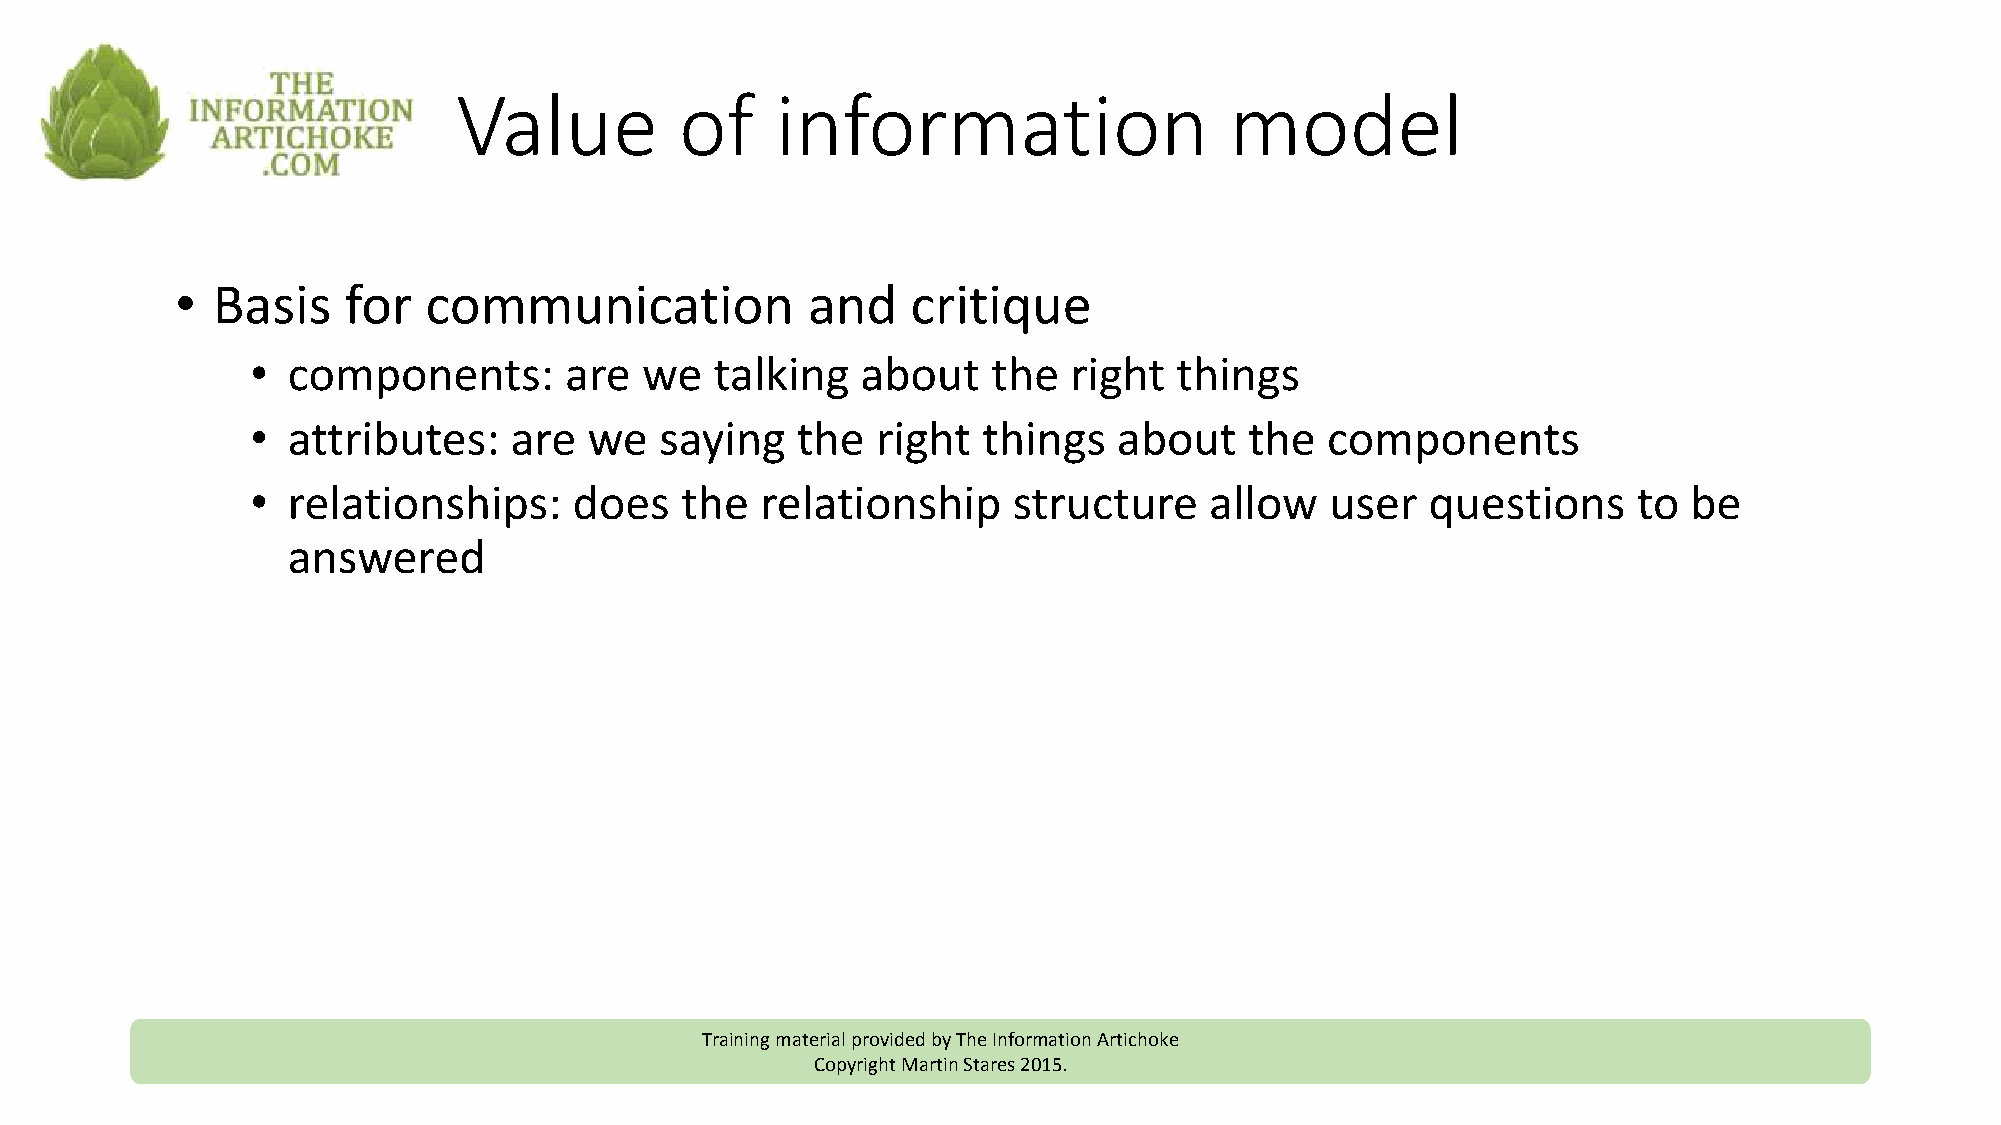
Value          of    information                   model
 • Basis    for  communication            and    critique
 • components:       are  we   talking   about    the  right  things
 • attributes:    are  we   saying   the  right  things   about    the  components
 • relationships:     does   the  relationship     structure    allow   user   questions    to  be
 answered
 Training material provided by The Information Artichoke
 Copyright Martin Stares 2015.